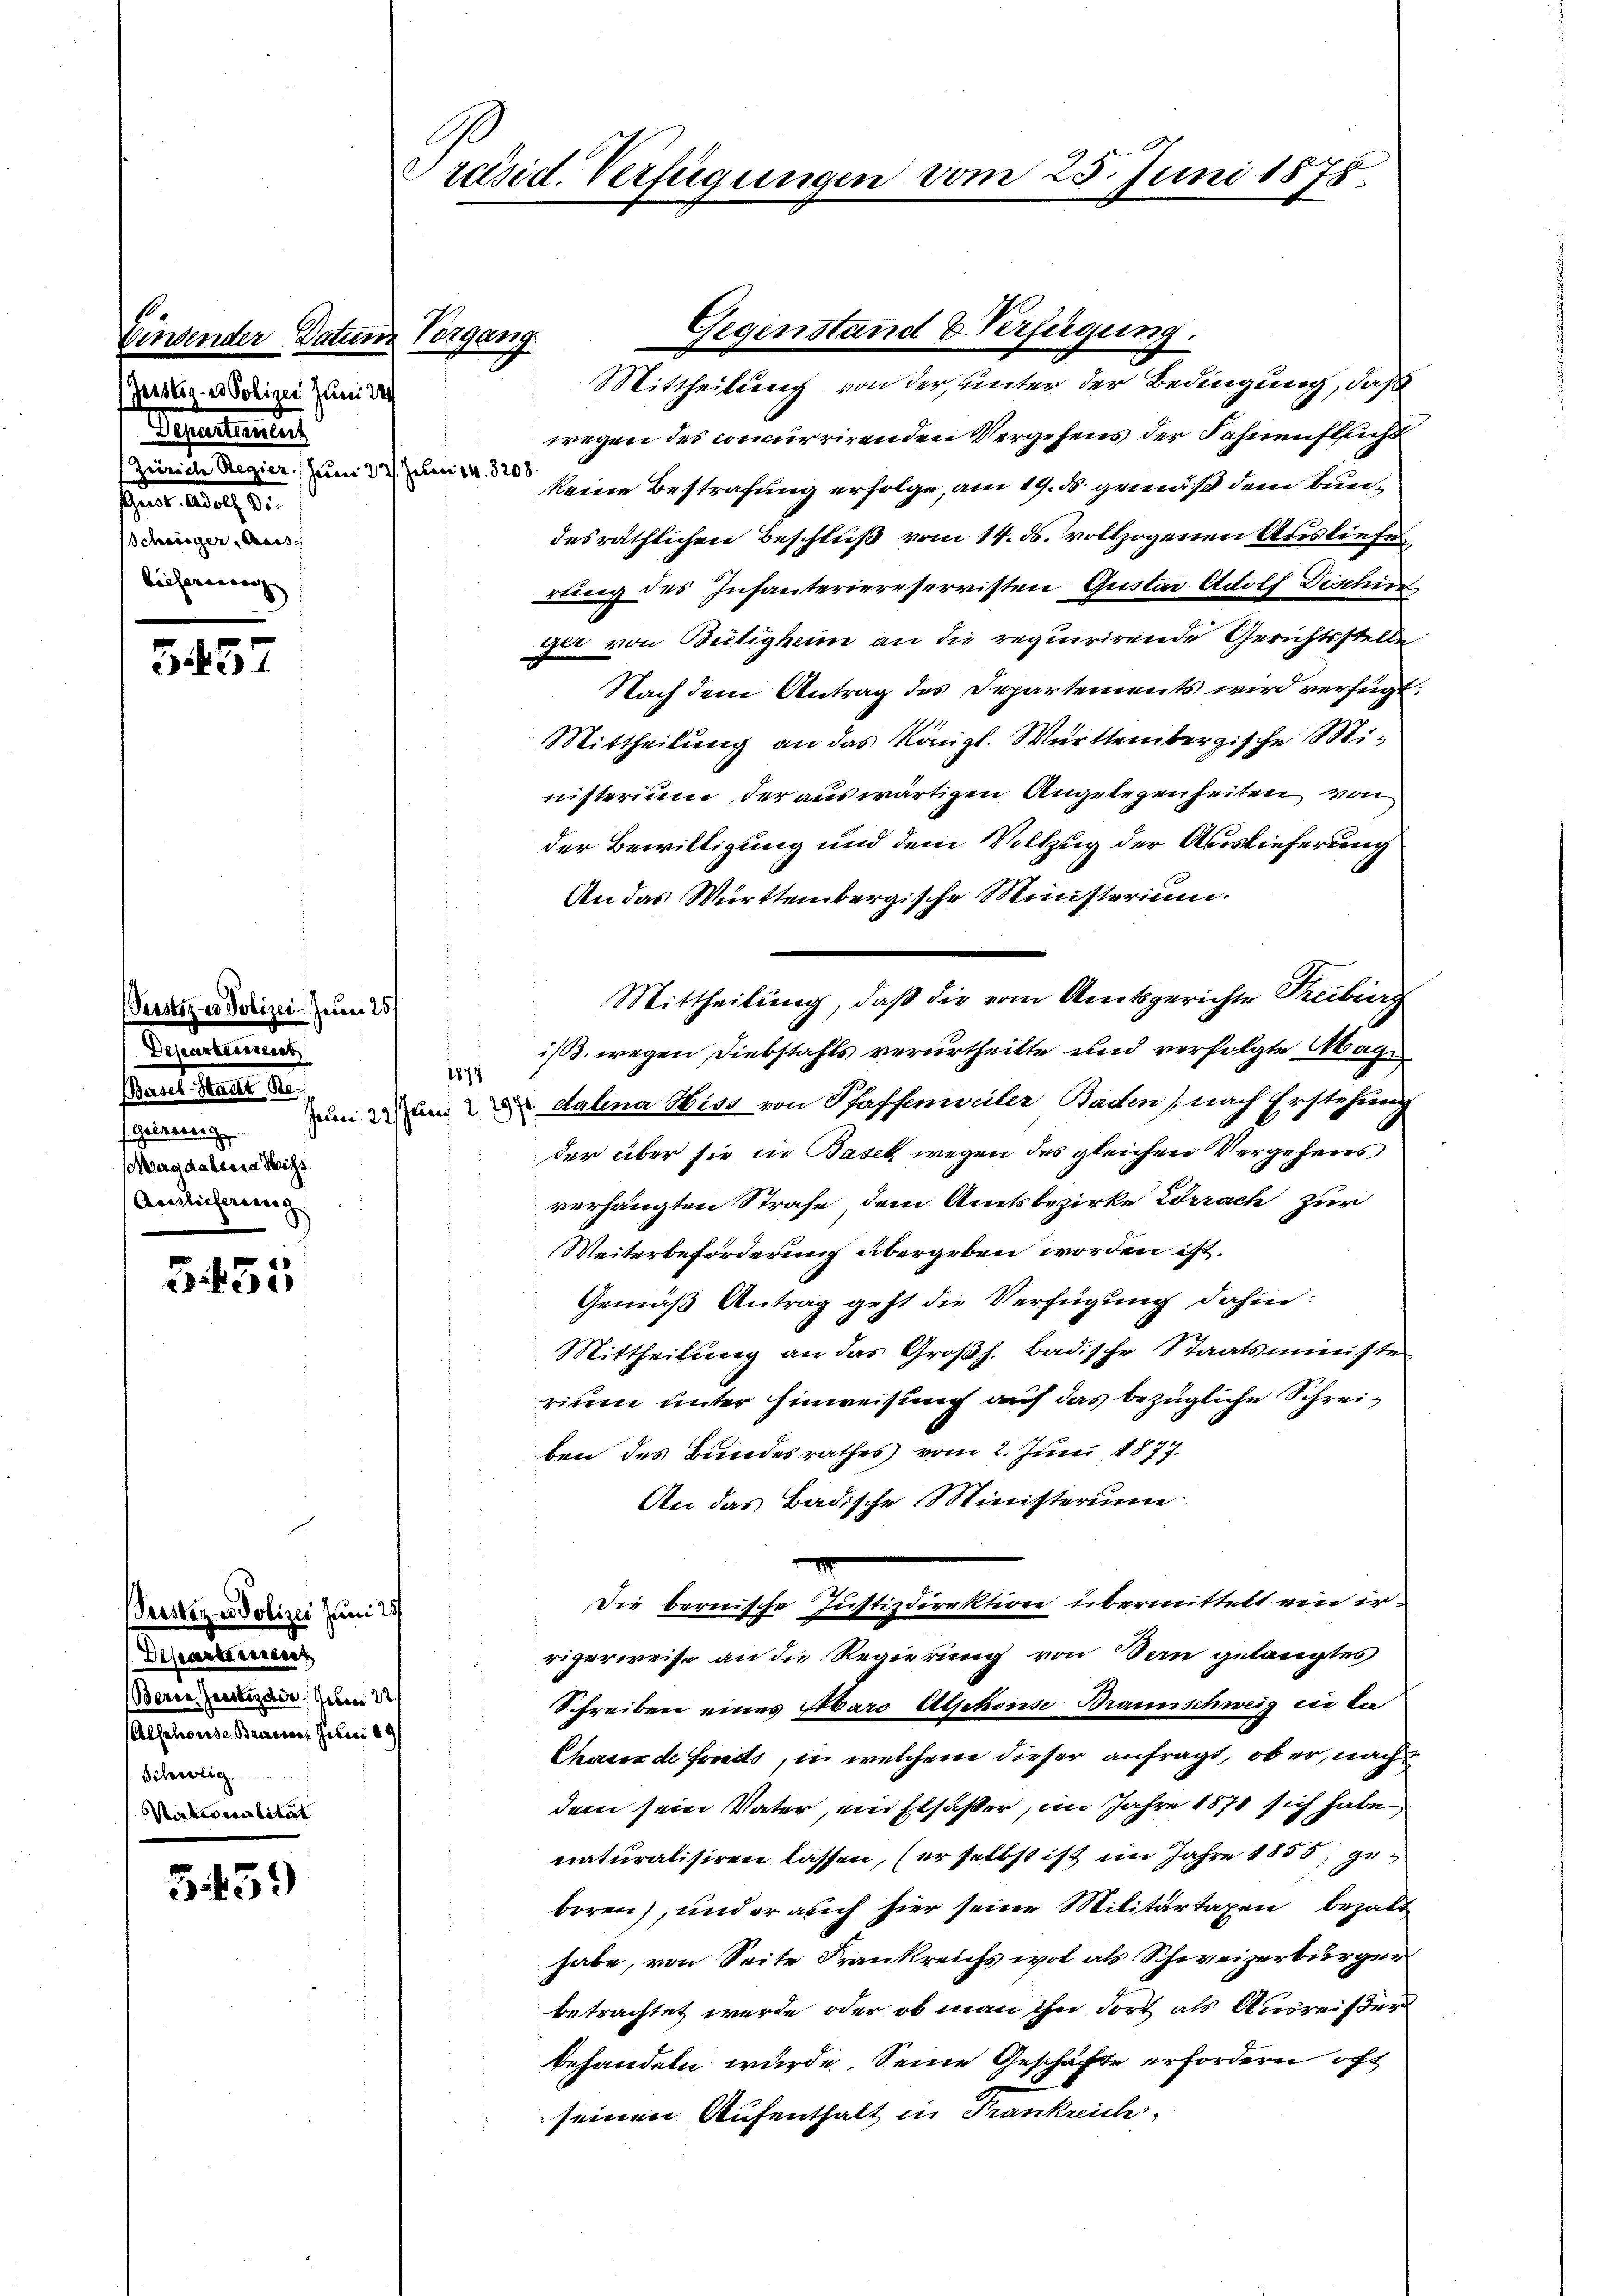
Einsender Datum Vorgang
Geistig - es Polizei Juni 849
Departienten
(Zürich Regier, Juni 221. Jean 14. 3208.
sant. 219, 5
Schiniger, Auss
beifersmann |

Perstiz in Polizei- zum 25.
Dejearbeitseit
Basel-Stadt Be¬
 Genereig
Magdalesen Miss
Auslicherung

557

G 435,

Perstiz - Polizei Juni 25/
Deseartement,
Bern Geistig der Jahr 221
Alsehende Brauen. Febr. 189
Schweig.
Nationalität

5439

Präsid. Verfügungen vom 25. Juni 1875.

wegen des concurrirenden Vergehens der Fahnenflecht
keine Bestrafung erfolge, am 19. ds. gemäß dem Bundesräthlichen Beschluß vom 14. ds. vollzogenen Ausliefe
rtung des Infanteriereservisten Gustav Adolf Dischin
ger von Bietigheim an die requirirende Gerichtsstelle
Nach dem Antrag des Departements wird verfügt:
Mittheilung an das Königl. Württembergische Ministerium, der auswärtigen Angelegenheiten von
der Bewilligung und dem Vollzug der Auslieferung
An das Württembergische Ministerium.
Mittheilung, daß die vom Amtsgerichte Treiberg
is. wegen Diebstahls verurtheilte und verfolgte Magi
1874
um um dahina Wiss von Pfaffenweiler Baden) nach Erstehung
der über sie in Basel wegen des gleichen Vergehens
verhängten Strafe, dem Amtsbezirke Errach zur
Weiterbeförderung übergeben worden ist.
Gemäß Antrag geht die Verfügung dahin:
Mittheilung an das Großh. badische Staatsministen
rium unter Hinweisung auf das bezügliche Schreiben des Bundesrathes vom 2. Juni 1877.
An das Badische Ministerium
Die bernische Justizdirektion übermittelt ein irrigerweise an die Regierung von Den gelangtes
Schreiben eines Aare Alphonse Braunschweiz in da
Chorsende Fonds, in welchem dieser anfragt, ob er, nach
dem sein Vater, ein Elsasser, im Jahre 1870 sich habe
naturalisiren lassen, (er selbst ist im Jahre 1855, gebrren, und er auch hier seine Militartagen bezalt
habe, von Seite Frankreichs wol als Schweizerbürger
betrachtet werde, oder ob man ihn dort als Ausreißer
behandeln würde. Seine Geschäfte erfordern oft
seinen Aufenthalt in Frankreich

Gegenstand & Verfügung.
Mittheilung von der unter der Bedingung, daß